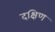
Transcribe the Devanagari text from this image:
दक्षिण